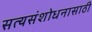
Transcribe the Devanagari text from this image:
सत्यसंशोधनासाठी